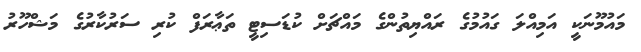
މައުމޫނަކީ އަމިއްލަ ގައުމުގެ ރައްޔިތުންގެ މައްޗަށް ކުޑަސިޓީ ތަޢާރަފް ކުރި ސަރުކާރުގެ މަޝްހޫރު